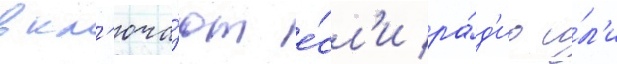
вкл'юча́ют е́сл'и ра́д'ио и́л'и